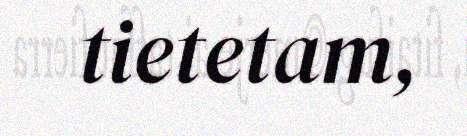
tietetam,